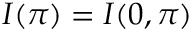
I ( \pi ) = I ( 0 , \pi )